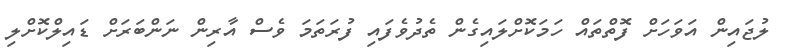
ލުޖައިން އަވަހަށް ފޮތްތައް ހަމަކޮށްލައިގެން ތެދުވެފައި ފުރަތަމަ ވެސް އާރިން ނަންބަރަށް ޑައިލްކޮށްލި